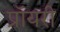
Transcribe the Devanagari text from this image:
प्रॉयरी